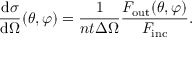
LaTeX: { \frac { \mathrm { d } \sigma } { \mathrm { d } \Omega } } ( \theta , \varphi ) = { \frac { 1 } { n t \Delta \Omega } } { \frac { F _ { \mathrm { o u t } } ( \theta , \varphi ) } { F _ { \mathrm { i n c } } } } .